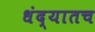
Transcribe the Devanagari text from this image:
धंद्यातच